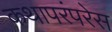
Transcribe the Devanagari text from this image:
कथापरंपरेस